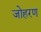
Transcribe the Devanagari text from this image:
जोहरण